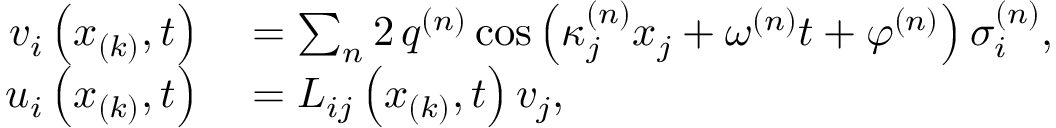
\begin{array} { r l } { v _ { i } \left( x _ { ( k ) } , t \right) } & { { } = \sum _ { n } 2 \, q ^ { ( n ) } \cos \left( \kappa _ { j } ^ { ( n ) } x _ { j } + \omega ^ { ( n ) } t + \varphi ^ { ( n ) } \right) \sigma _ { i } ^ { ( n ) } , } \\ { u _ { i } \left( x _ { ( k ) } , t \right) } & { { } = L _ { i j } \left( x _ { ( k ) } , t \right) v _ { j } , } \end{array}